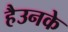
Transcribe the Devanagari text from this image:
हैउनके